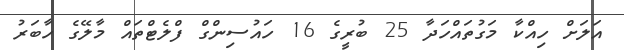
އަލަށް ހިއްކާ މަގުތައްހަދާ 25 ބުރީގެ 16 ހައުސިންގް ފްލެޓްތައް މާލޭގެ ހާބަރު